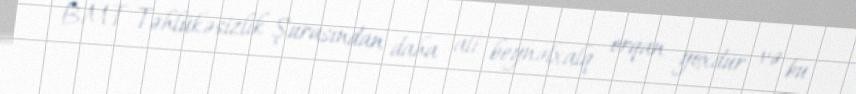
BMT Təhlükəsizlik Şurasından daha ali beynəlxalq orqan yoxdur və bu